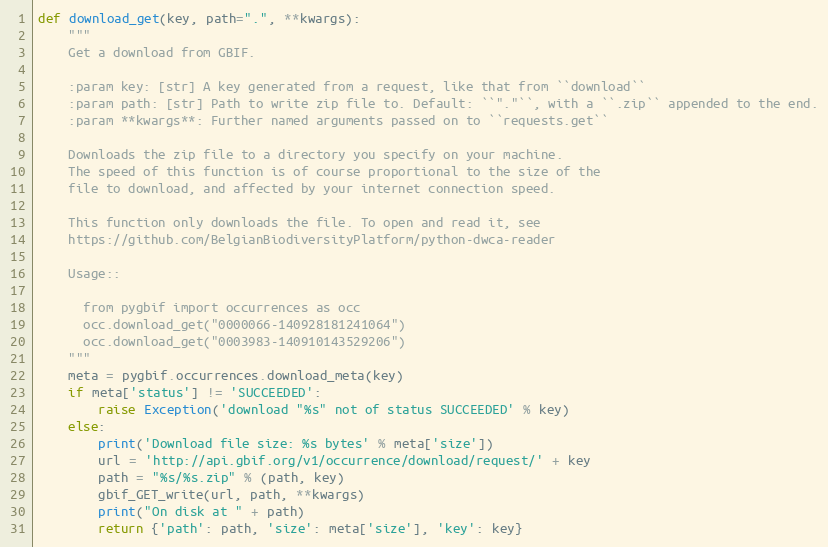
Language: Python
def download_get(key, path=".", **kwargs):
    """
    Get a download from GBIF.

    :param key: [str] A key generated from a request, like that from ``download``
    :param path: [str] Path to write zip file to. Default: ``"."``, with a ``.zip`` appended to the end.
    :param **kwargs**: Further named arguments passed on to ``requests.get``

    Downloads the zip file to a directory you specify on your machine.
    The speed of this function is of course proportional to the size of the
    file to download, and affected by your internet connection speed.

    This function only downloads the file. To open and read it, see
    https://github.com/BelgianBiodiversityPlatform/python-dwca-reader

    Usage::

      from pygbif import occurrences as occ
      occ.download_get("0000066-140928181241064")
      occ.download_get("0003983-140910143529206")
    """
    meta = pygbif.occurrences.download_meta(key)
    if meta['status'] != 'SUCCEEDED':
        raise Exception('download "%s" not of status SUCCEEDED' % key)
    else:
        print('Download file size: %s bytes' % meta['size'])
        url = 'http://api.gbif.org/v1/occurrence/download/request/' + key
        path = "%s/%s.zip" % (path, key)
        gbif_GET_write(url, path, **kwargs)
        print("On disk at " + path)
        return {'path': path, 'size': meta['size'], 'key': key}